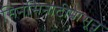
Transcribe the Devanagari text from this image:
सिनसिनाटीपासून